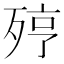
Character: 𣨉